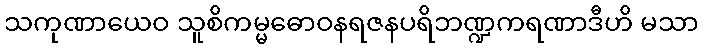
သကုဏာယေဝ သူစိကမ္မဓောဝနရဇနပရိဘဏ္ဍကရဏာဒီဟိ မသာ